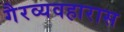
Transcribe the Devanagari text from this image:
गैरव्यवहारास